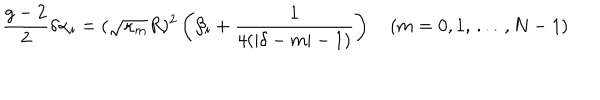
{ \frac { g - 2 } { 2 } } \delta \alpha _ { i } = ( \sqrt { \kappa _ { m } } R ) ^ { 2 } \left( \beta _ { i } + { \frac { 1 } { 4 ( | \delta - m | - 1 ) } } \right) \quad ( m = 0 , 1 , \, . . . \, , N - 1 ) \,